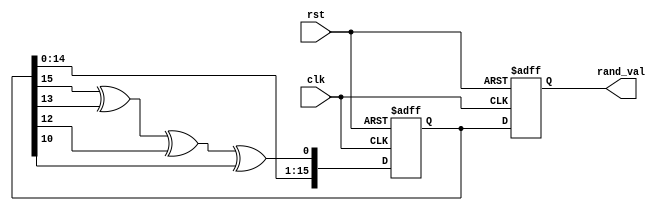
module random_initialization (
    input wire clk,          // Clock signal
    input wire rst,          // Asynchronous reset signal
    output reg [15:0] rand_val // Random value output
);

    // LFSR seed value
    reg [15:0] lfsr;

    // Feedback polynomial: x^16 + x^14 + x^13 + x^11 + 1 (example)
    wire feedback = lfsr[15] ^ lfsr[13] ^ lfsr[12] ^ lfsr[10];

    // Random value generation
    always @(posedge clk or posedge rst) begin
        if (rst) begin
            // Reset condition: Initialize LFSR to a specific seed value
            lfsr <= 16'hACE1; // Example seed value
            rand_val <= 16'h0000; // Initial output value
        end else begin
            // Shift and generate new random value
            lfsr <= {lfsr[14:0], feedback}; // Shift left and insert feedback
            rand_val <= lfsr; // Update output with the current LFSR value
        end
    end

endmodule